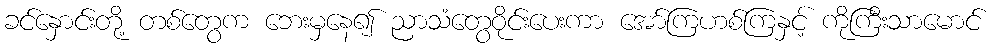
ခင်နှောင်းတို့ တစ်တွေက ဘေးမှနေ၍ ညာသံတွေဝိုင်းပေးကာ အော်ကြဟစ်ကြနှင့် ကိုကြီးသာမောင်